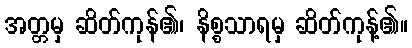
အတ္တမှ ဆိတ်ကုန်၏၊ နိစ္စသာရမှ ဆိတ်ကုန့်၏။